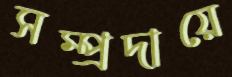
সম্প্রদায়ে